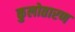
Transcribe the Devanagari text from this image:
कुलोतारण